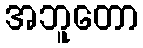
အဘူတော